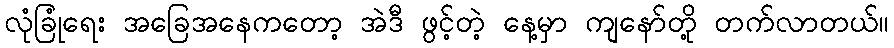
လုံခြုံရေး အခြေအနေကတော့ အဲဒီ ဖွင့်တဲ့ နေ့မှာ ကျနော်တို့ တက်လာတယ်။